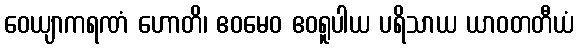
ဝေယျာကရဏံ ဟောတိ၊ ဧဝမေဝ ဧဝရူပါယ ပရိသာယ ယာဝတတီယံ